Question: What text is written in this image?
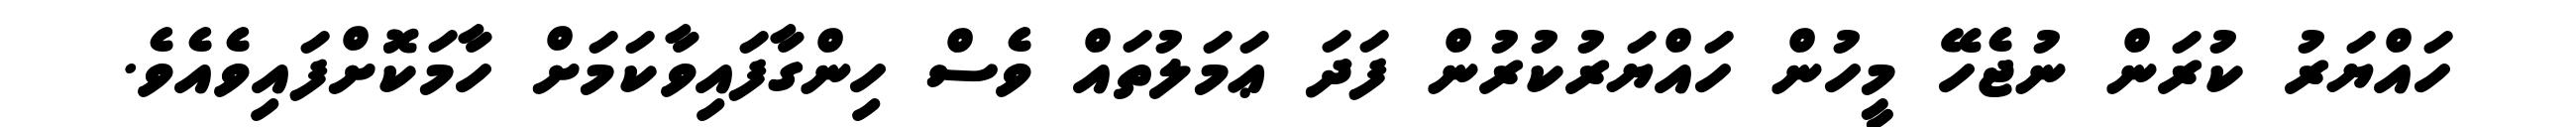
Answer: ހައްޔަރު ކުރަން ނުޖެހޭ މީހުން ހައްޔަރުކުރުން ފަދަ ޢަމަލުތައް ވެސް ހިންގާފައިވާކަމަށް ހާމަކޮށްފައިވެއެވެ.